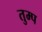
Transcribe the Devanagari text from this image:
तुम्प